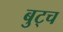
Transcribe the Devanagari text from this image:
बुट्च